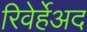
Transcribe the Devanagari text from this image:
रिवेर्हेअद